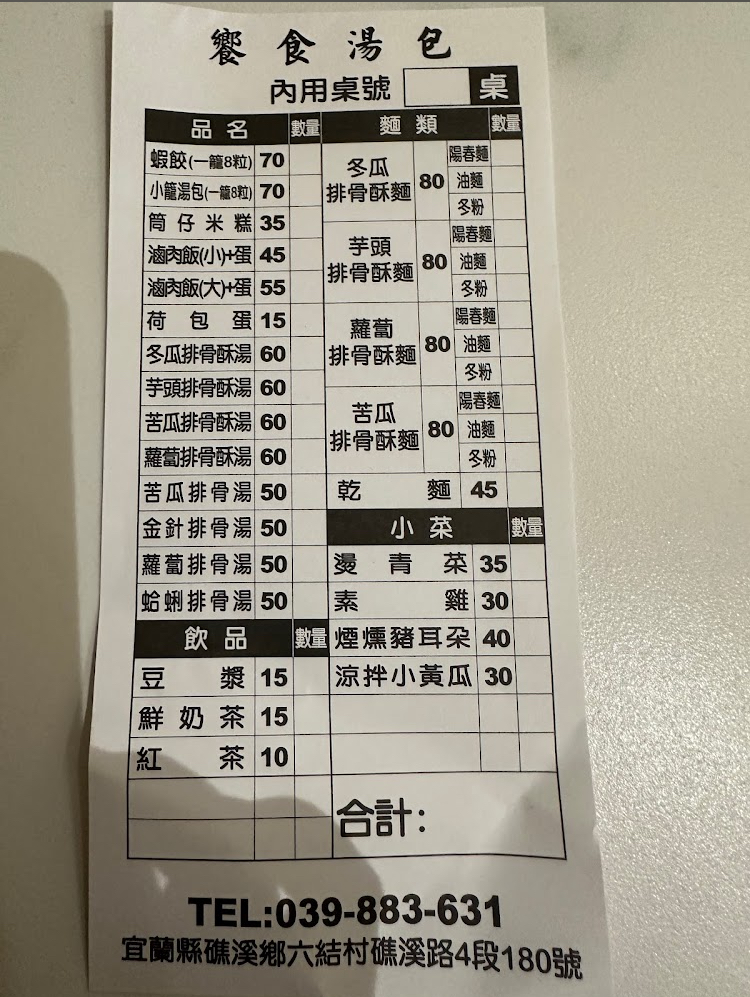
餐廳：饗食湯包
地址：宜蘭縣礁溪鄉六結村礁溪路4段180號
電話：039-883-631
菜單：
name: 蝦餃(一籠8粒)
price: 70
name: 小籠湯包(一籠8粒)
price: 70
name: 冬瓜排骨酥麵
price: 80
name: 筒仔米糕
price: 35
name: 滷肉飯(小)+蛋
price: 45
name: 滷肉飯(大)+蛋
price: 55
name: 荷包蛋
price: 15
name: 冬瓜排骨酥湯
price: 60
name: 芋頭排骨酥麵
price: 80
name: 芋頭排骨酥湯
price: 60
name: 蘿蔔排骨酥麵
price: 80
name: 蘿蔔排骨酥湯
price: 60
name: 苦瓜排骨酥湯
price: 60
name: 苦瓜排骨湯
price: 50
name: 金針排骨湯
price: 50
name: 蘿蔔排骨湯
price: 50
name: 蛤蜊排骨湯
price: 50
name: 豆漿
price: 15
name: 冬瓜排骨酥麵
price: 80
name: 芋頭排骨酥麵
price: 80
name: 蘿蔔排骨酥麵
price: 80
name: 苦瓜排骨酥麵
price: 80
name: 燙青菜
price: 35
name: 素雞
price: 30
name: 煙燻豬耳朶
price: 40
name: 涼拌小黃瓜
price: 30
name: 鮮奶茶
price: 15
name: 紅茶
price: 10